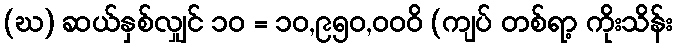
(ဃ) ဆယ်နှစ်လျှင် ၁၀ = ၁၀,၉၅၀,၀၀၀ိ (ကျပ် တစ်ရာ့ ကိုးသိန်း